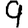
Digit: 9